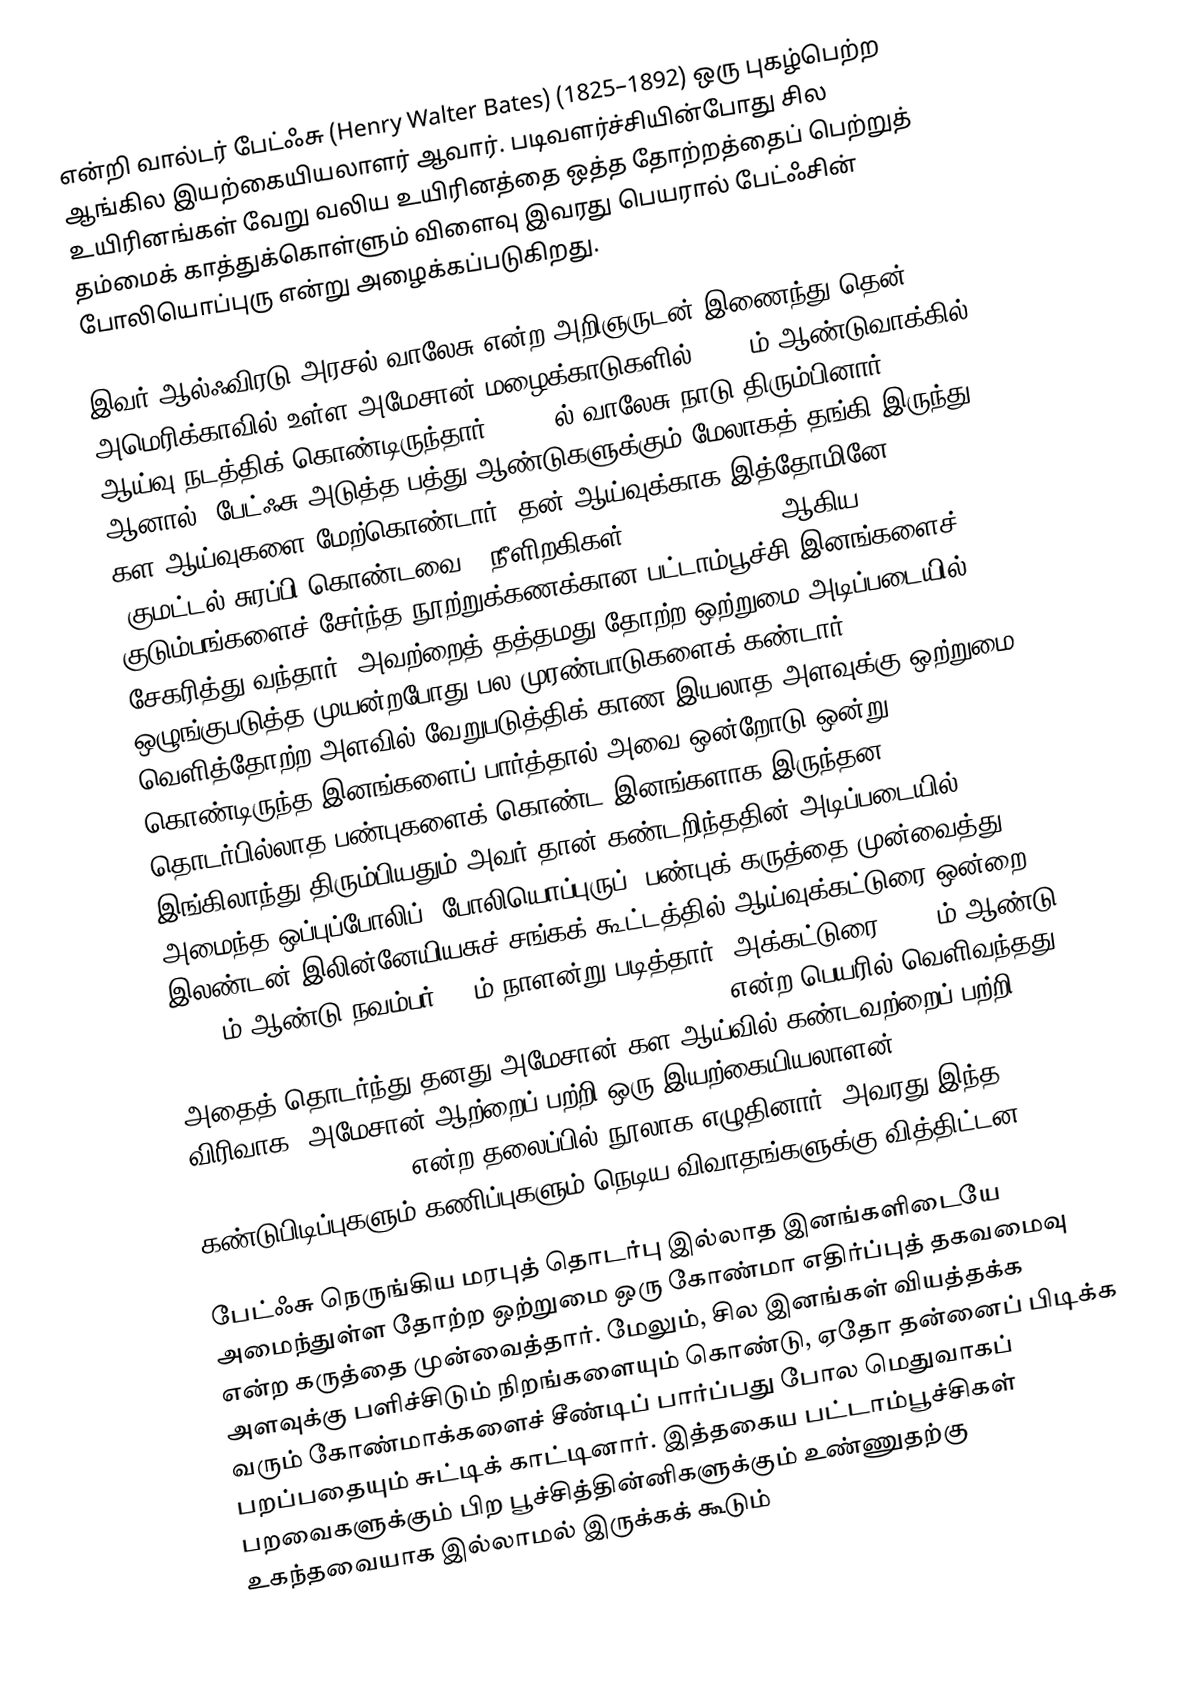
என்றி வால்டர் பேட்ஃசு (Henry Walter Bates) (1825–1892) ஒரு புகழ்பெற்ற ஆங்கில இயற்கையியலாளர் ஆவார். படிவளர்ச்சியின்போது சில உயிரினங்கள் வேறு வலிய உயிரினத்தை ஒத்த தோற்றத்தைப் பெற்றுத் தம்மைக் காத்துக்கொள்ளும் விளைவு இவரது பெயரால் பேட்ஃசின் போலியொப்புரு என்று அழைக்கப்படுகிறது.

இவர் ஆல்ஃவிரடு அரசல் வாலேசு என்ற அறிஞருடன் இணைந்து தென் அமெரிக்காவில் உள்ள அமேசான் மழைக்காடுகளில் 1848-ம் ஆண்டுவாக்கில் ஆய்வு நடத்திக் கொண்டிருந்தார். 1852-ல் வாலேசு நாடு திரும்பினார். ஆனால், பேட்ஃசு அடுத்த பத்து ஆண்டுகளுக்கும் மேலாகத் தங்கி இருந்து கள ஆய்வுகளை மேற்கொண்டார். தன் ஆய்வுக்காக இத்தோமினே (குமட்டல் சுரப்பி கொண்டவை), நீளிறகிகள் (Heliconiinae) ஆகிய குடும்பங்களைச் சேர்ந்த நூற்றுக்கணக்கான பட்டாம்பூச்சி இனங்களைச் சேகரித்து வந்தார். அவற்றைத் தத்தமது தோற்ற ஒற்றுமை அடிப்படையில் ஒழுங்குபடுத்த முயன்றபோது பல முரண்பாடுகளைக் கண்டார். வெளித்தோற்ற அளவில் வேறுபடுத்திக் காண இயலாத அளவுக்கு ஒற்றுமை கொண்டிருந்த இனங்களைப் பார்த்தால் அவை ஒன்றோடு ஒன்று தொடர்பில்லாத பண்புகளைக் கொண்ட இனங்களாக இருந்தன. இங்கிலாந்து திரும்பியதும் அவர் தான் கண்டறிந்ததின் அடிப்படையில் அமைந்த ஒப்புப்போலிப் (போலியொப்புருப்) பண்புக் கருத்தை முன்வைத்து இலண்டன் இலின்னேயியசுச் சங்கக் கூட்டத்தில் ஆய்வுக்கட்டுரை ஒன்றை 1861-ம் ஆண்டு நவம்பர் 21-ம் நாளன்று படித்தார். அக்கட்டுரை 1862-ம் ஆண்டு 'Contributions to an Insect Fauna of the Amazon Valley' என்ற பெயரில் வெளிவந்தது. அதைத் தொடர்ந்து தனது அமேசான் கள ஆய்வில் கண்டவற்றைப் பற்றி, விரிவாக "அமேசான் ஆற்றைப் பற்றி ஒரு இயற்கையியலாளன்" (The Naturalist on the River Amazons) என்ற தலைப்பில் நூலாக எழுதினார். அவரது இந்த கண்டுபிடிப்புகளும் கணிப்புகளும் நெடிய விவாதங்களுக்கு வித்திட்டன.

பேட்ஃசு நெருங்கிய மரபுத் தொடர்பு இல்லாத இனங்களிடையே அமைந்துள்ள தோற்ற ஒற்றுமை ஒரு கோண்மா எதிர்ப்புத் தகவமைவு என்ற கருத்தை முன்வைத்தார். மேலும், சில இனங்கள் வியத்தக்க அளவுக்கு பளிச்சிடும் நிறங்களையும் கொண்டு, ஏதோ தன்னைப் பிடிக்க வரும் கோண்மாக்களைச் சீண்டிப் பார்ப்பது போல மெதுவாகப் பறப்பதையும் சுட்டிக் காட்டினார். இத்தகைய பட்டாம்பூச்சிகள் பறவைகளுக்கும் பிற பூச்சித்தின்னிகளுக்கும் உண்ணுதற்கு உகந்தவையாக இல்லாமல் இருக்கக் கூடும்